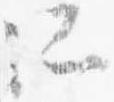
所